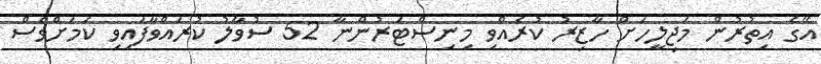
އޭގެ އިތުރުން މަޖިލީހަށް ހާޒިރު ކުރެއްވި މިނިސްޓަރުންނާ 52 ސުވާލު ކުރައްވާފައިވި ކަމަށްވެސް